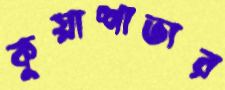
কুয়াশাভার